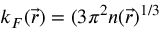
k _ { F } ( \vec { r } ) = ( 3 \pi ^ { 2 } n ( \vec { r } ) ^ { 1 / 3 }